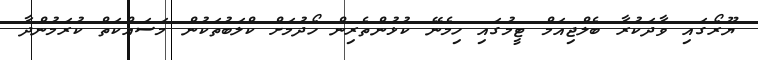
ޔޫރޯގައި ވާދަކުރާ ބެލްޖިއަމް ޓީމުގައި ހިމެނޭ ކުޅުންތެރިން ހޯދުމަށް ކްލަބުތަކުން މަސައްކަތް ކުރަމުންދާ